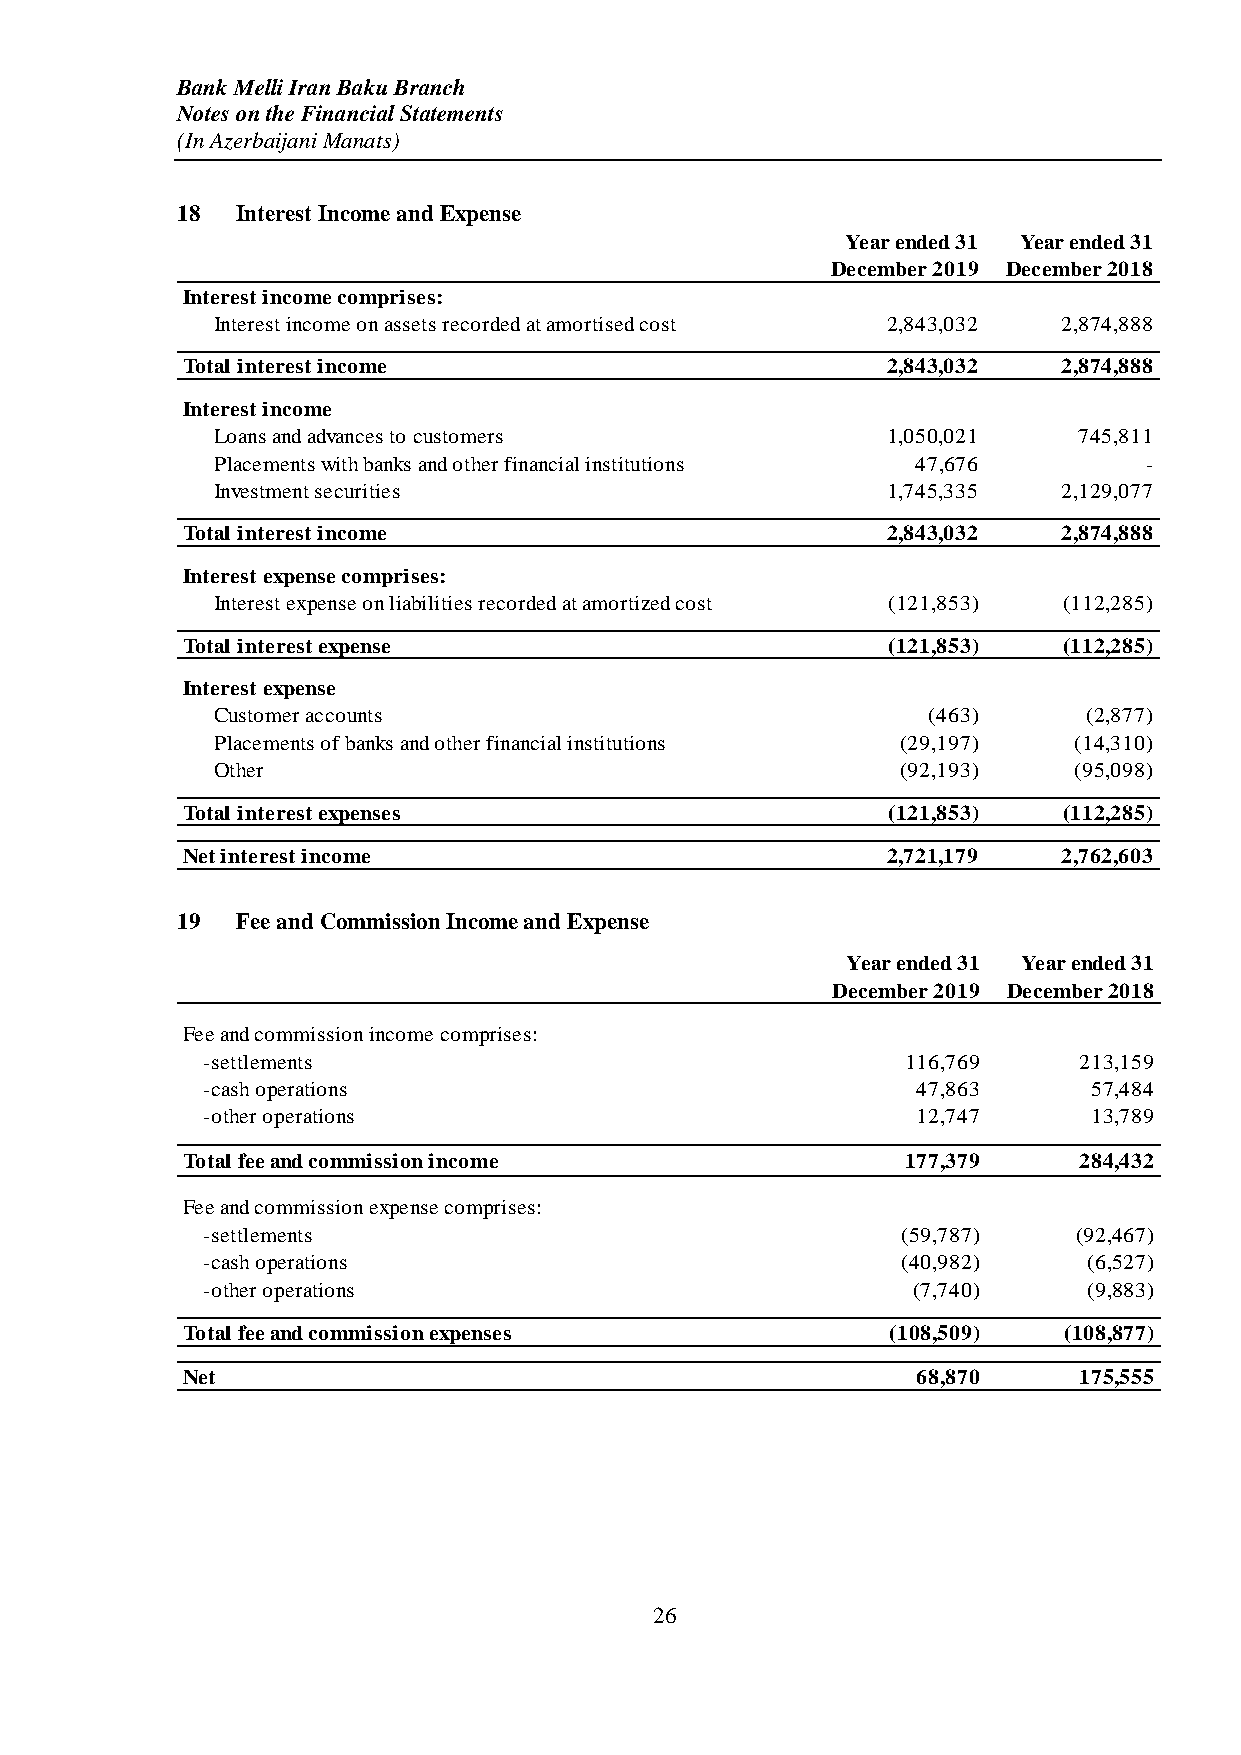
Bank Melli Iran Baku Branch
 Notes on the Financial Statements
 (In Azerbaijani Manats)
 18  Interest Income and Expense
 Year ended 31 Year ended 31
 December 2019 December 2018
 Interest income comprises:
 Interest income on assets recorded at amortised cost 2,843,032 2,874,888
 Total interest income                          2,843,032  2,874,888
 Interest income
 Loans and advances to customers              1,050,021   745,811
 Placements with banks and other financial institutions 47,676 -
 Investment securities                        1,745,335  2,129,077
 Total interest income                          2,843,032  2,874,888
 Interest expense comprises:
 Interest expense on liabilities recorded at amortized cost (121,853) (112,285)
 Total interest expense                         (121,853)  (112,285)
 Interest expense
 Customer accounts                              (463)      (2,877)
 Placements of banks and other financial institutions (29,197) (14,310)
 Other                                         (92,193)   (95,098)
 Total interest expenses                        (121,853)  (112,285)
 Net interest income                            2,721,179  2,762,603
 19  Fee and Commission Income and Expense
 Year ended 31 Year ended 31
 December 2019 December 2018
 Fee and commission income comprises:
 -settlements                                   116,769    213,159
 -cash operations                                47,863     57,484
 -other operations                               12,747     13,789
 Total fee and commission income                 177,379    284,432
 Fee and commission expense comprises:
 -settlements                                   (59,787)   (92,467)
 -cash operations                               (40,982)    (6,527)
 -other operations                              (7,740)     (9,883)
 Total fee and commission expenses              (108,509)  (108,877)
 Net                                              68,870    175,555
 26